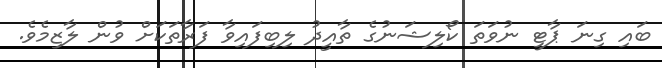
ބައި ގިނަ ޕާޓީ ނުވަތަ ކޯލިޝަނުގެ ތާއީދު ލިބިފައިވާ ފަރާތަކަށް ވުން ލާޒިމެވެ.